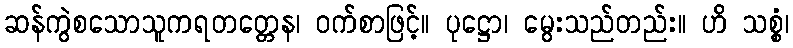
ဆန်ကွဲစသောသူကရတတ္တေန၊ ဝက်စာဖြင့်။ ပုဋ္ဌော၊ မွေးသည်တည်း။ ဟိ သစ္စံ၊